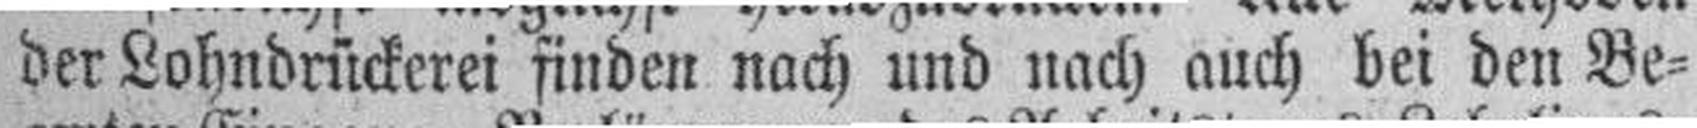
der Lohndrückerei finden nach und nach auch bei den Be¬